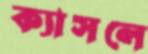
ক্যাসলে